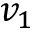
v _ { 1 }